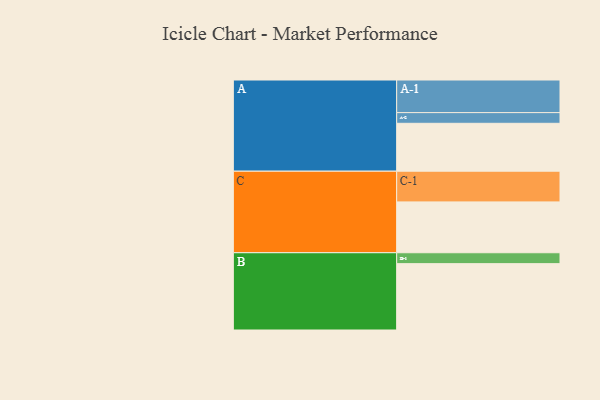
{"axis": {"x": "Segment", "y": "Value"}, "legend": ["", "A", "B", "C"], "data": [{"x": "A", "y": 426, "type": ""}, {"x": "B", "y": 590, "type": ""}, {"x": "C", "y": 452, "type": ""}, {"x": "A-1", "y": 290, "type": "A"}, {"x": "A-2", "y": 95, "type": "A"}, {"x": "B-1", "y": 97, "type": "B"}, {"x": "C-1", "y": 273, "type": "C"}]}